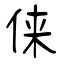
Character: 俫